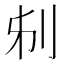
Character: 𠛔